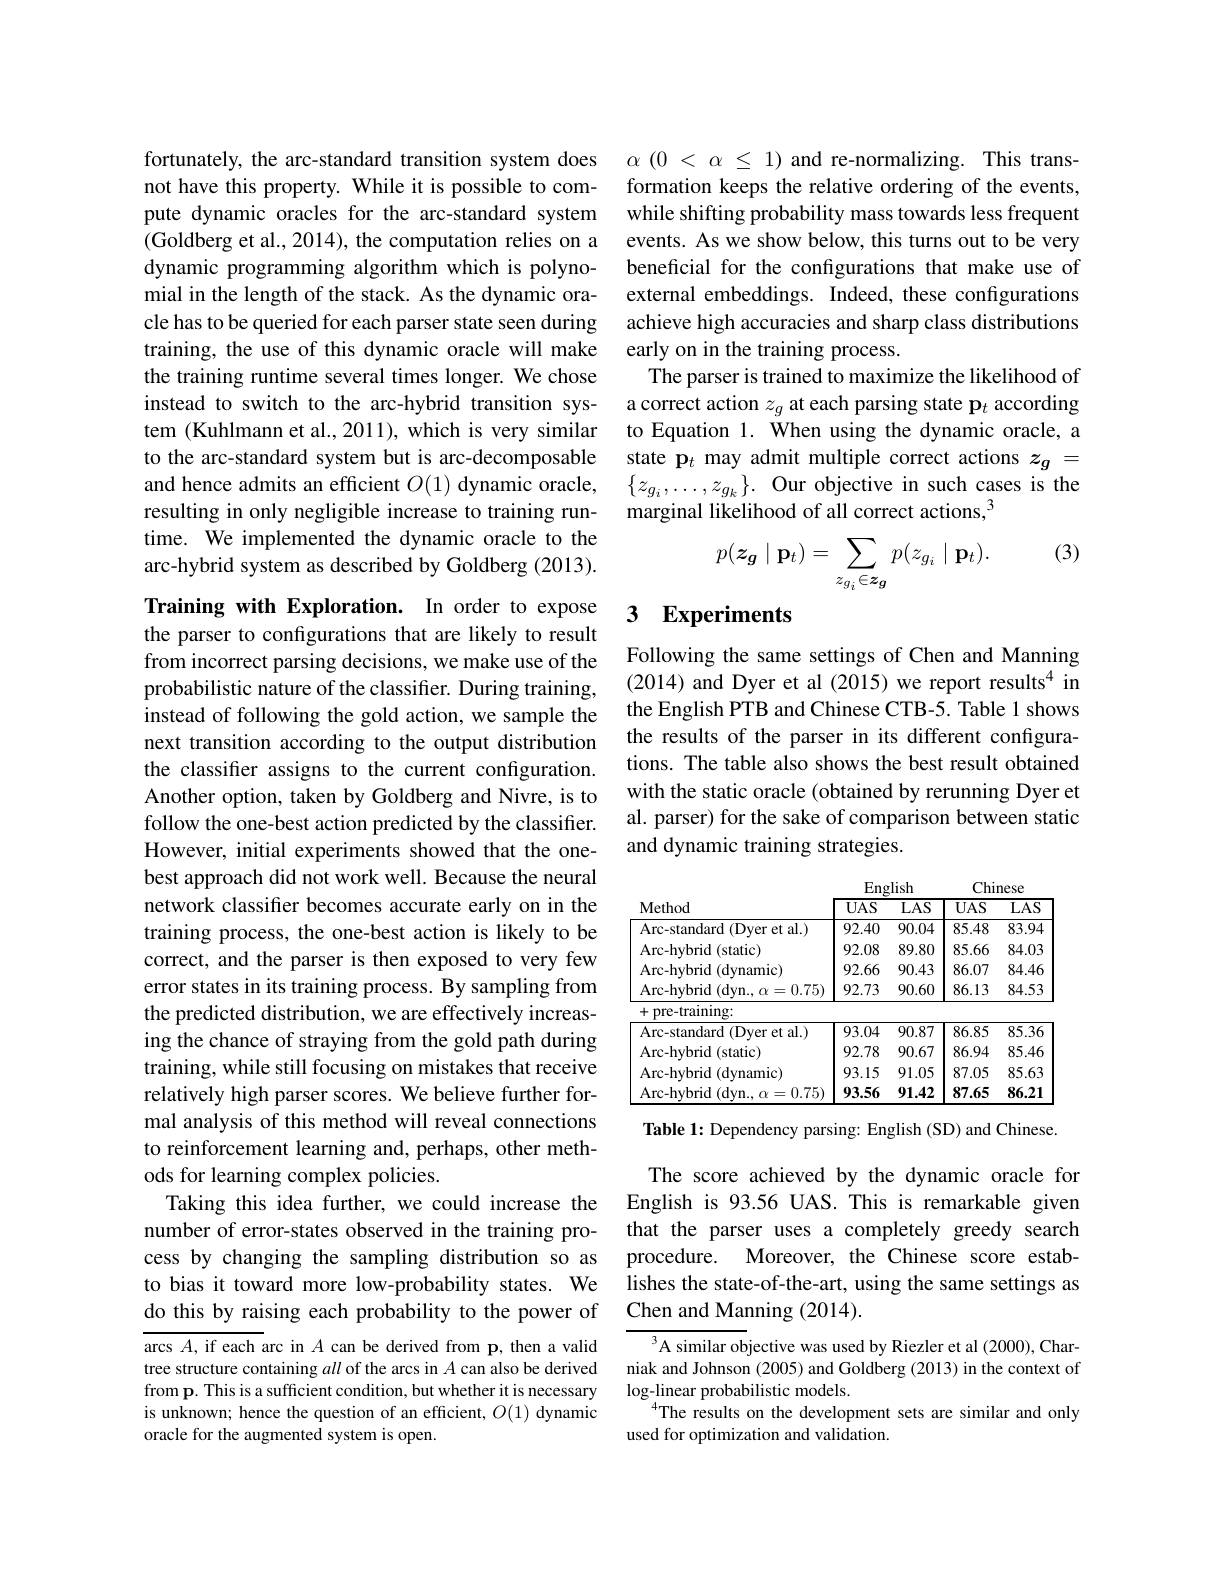
fortunately, the arc-standard transition system does not have this property. While it is possible to compute dynamic oracles for the arc-standard system (Goldberg et al., 2014), the computation relies on a dynamic programming algorithm which is polynomial in the length of the stack. As the dynamic oracle has to be queried for each parser state seen during training, the use of this dynamic oracle will make the training runtime several times longer. We chose instead to switch to the arc-hybrid transition system (Kuhlmann et al., 2011), which is very similar to the arc-standard system but is arc-decomposable and hence admits an efficient $O(1)$ dynamic oracle, resulting in only negligible increase to training runtime. We implemented the dynamic oracle to the arc-hybrid system as described by Goldberg (2013).

Training with Exploration. In order to expose the parser to configurations that are likely to result from incorrect parsing decisions, we make use of the probabilistic nature of the classifier. During training, instead of following the gold action, we sample the next transition according to the output distribution the classifier assigns to the current configuration. Another option, taken by Goldberg and Nivre, is to follow the one-best action predicted by the classifier. However, initial experiments showed that the onebest approach did not work well. Because the neural network classifier becomes accurate early on in the training process, the one-best action is likely to be correct, and the parser is then exposed to very few error states in its training process. By sampling from the predicted distribution, we are effectively increasing the chance of straying from the gold path during training, while still focusing on mistakes that receive relatively high parser scores. We believe further formal analysis of this method will reveal connections to reinforcement learning and, perhaps, other methods for learning complex policies.
Taking this idea further, we could increase the number of error-states observed in the training process by changing the sampling distribution so as to bias it toward more low-probability states. We do this by raising each probability to the power of arcs $A$, if each arc in $A$ can be derived from p, then a valid tree structure containing all of the arcs in $A$ can also be derived from p. This is a sufficient condition, but whether it is necessary

is unknown; hence the question of an efficient, $O(1)$ dynamic
oracle for the augmented system is open.

$\alpha$ (0 < $\alpha$ $\leq$ 1) and re-normalizing. This transformation keeps the relative ordering of the events, while shifting probability mass towards less frequent events. As we show below, this turns out to be very beneficial for the configurations that make use of external embeddings. Indeed, these configurations achieve high accuracies and sharp class distributions early on in the training process.
The parser is trained to maximize the likelihood of a correct action $z_g$ at each parsing state p$_t$ according to Equation 1. When using the dynamic oracle, a state p$_t$ may admit multiple correct actions $z_g=$ $\{z_{g_i},\ldots,z_{g_k}\}.$ Our objective in such cases is the marginal likelihood of all correct actions,$^{3}$

(3)
$$p(\boldsymbol{z}_{\boldsymbol{g}}\mid\mathbf{p}_{t})=\sum_{z_{g_{i}}\in\boldsymbol{z}_{\boldsymbol{g}}}p(z_{g_{i}}\mid\mathbf{p}_{t}).$$
## 3 Experiments

Following the same settings of Chen and Manning (2014) and Dyer et al (2015) we report results$^{4}$ in the English PTB and Chinese CTB-5. Table 1 shows the results of the parser in its different configurations. The table also shows the best result obtained with the static oracle (obtained by rerunning Dyer et al. parser) for the sake of comparison between static and dynamic training strategies.

<table>
	<tbody>
		<tr>
			<th>Method</th>
			<th>$UAS$</th>
			<th>$LAS$</th>
			<th>$UAS$</th>
			<th>$\overline{\mathrm{LAS}}$</th>
		</tr>
		<tr>
			<td>Arc- standard (Dyer et al.)</td>
			<td>92.40</td>
			<td>90.04</td>
			<td>85.48</td>
			<td>83.94</td>
		</tr>
		<tr>
			<td>Arc- hvbrid (static)</td>
			<td>92.08</td>
			<td>89.80</td>
			<td>85.66</td>
			<td>84.03</td>
		</tr>
		<tr>
			<td>Arc- hvbrid (dynamic)</td>
			<td>92.66</td>
			<td>90.43</td>
			<td>86.07</td>
			<td>84.46</td>
		</tr>
		<tr>
			<td>Arc- hybrid (dyn., $\alpha=0.75)$</td>
			<td>92.73</td>
			<td>90.60</td>
			<td>86.13</td>
			<td>84.53</td>
		</tr>
		<tr>
			<td>pre-training: 十</td>
			<td> </td>
			<td> </td>
			<td> </td>
			<td> </td>
		</tr>
		<tr>
			<td>Arc- standard (Dyer et al.)</td>
			<td>93.04</td>
			<td>90.87</td>
			<td>86.85</td>
			<td>85.36</td>
		</tr>
		<tr>
			<td>Arc- hybrid (static)</td>
			<td>92.78</td>
			<td>90.67</td>
			<td>86.94</td>
			<td>85.46</td>
		</tr>
		<tr>
			<td>Arc- hvbrid (dynamic)</td>
			<td>93.15</td>
			<td>91.05</td>
			<td>87.05</td>
			<td>85.63</td>
		</tr>
		<tr>
			<td>Arc- hybrid ( dwn. =0.75) 1</td>
			<td>93.56</td>
			<td>91.42</td>
			<td>87.65</td>
			<td>86.21</td>
		</tr>
	</tbody>
</table>

Table 1: Dependency parsing: English (SD) and Chinese.

The score achieved by the dynamic oracle for English is 93.56 UAS. This is remarkable given that the parser uses a completely greedy search procedure. Moreover, the Chinese score establishes the state-of-the-art, using the same settings as Chen and Manning (2014).

A similar objective was used by Riezler et al (2000), Charniak and Johnson (2005) and Goldberg (2013) in the context of $\log_{-}$linear probabilistic models.
The results on the development sets are similar and only
used for optimization and validation.